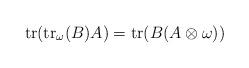
LaTeX: \begin{align*}\operatorname{tr}(\operatorname{tr}_{\omega}(B)A)=\operatorname{tr}(B(A\otimes\omega))\end{align*}